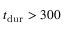
\ensuremath { t _ { \mathrm { d u r } } } > 3 0 0